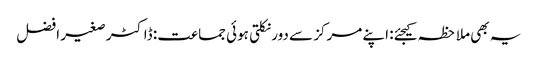
یہ بھی ملاحظہ کیجئے: اپنے مرکز سے دور نکلتی ہوئی جماعت : ڈاکٹر صغیر افضل